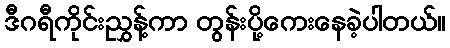
ဒီဂရီကိုင်းညွှန့်ကာ တွန်းပို့ကေးနေခဲ့ပါတယ်။